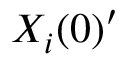
X _ { i } ( 0 ) ^ { \prime }